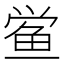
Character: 鲎